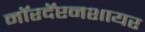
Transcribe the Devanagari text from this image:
नॉरदॅप्टनशायर